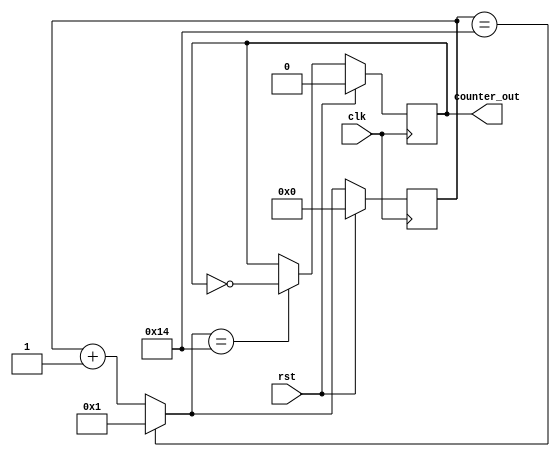
`timescale 1ns / 1ps
module Counter(input clk, rst,
    output reg counter_out);
    reg [15:0]counter;
    initial begin
        counter = 0;
        counter_out = 0;
    end
    always@(posedge clk)
    begin
        if(rst == 1'b0) begin
            counter = (counter == 20)? 1:(counter + 1);
            counter_out = (counter == 20)? ~counter_out:counter_out;
        end
        else begin
            counter = 0;
            counter_out = 0;
        end
    end
endmodule